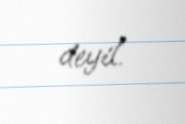
deyil.